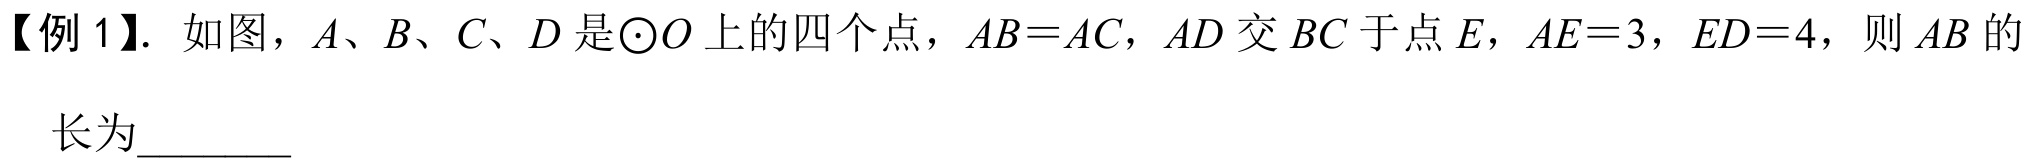
【例 1】. 如图，\(A、B、C、D\)是\(\odot O\)上的四个点，\(AB = AC\)，\(AD\)交\(BC\)于点\(E\)，\(AE = 3\)，\(ED = 4\)，则\(AB\)的
长为________